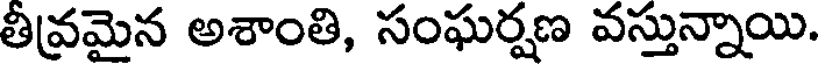
తీవ్రమైన అశాంతి, సంఘర్షణ వస్తున్నాయి.